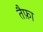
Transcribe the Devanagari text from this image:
तैफ़ा